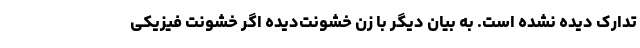
تدارک دیده نشده است. به بیان دیگر با زن خشونت‌دیده اگر خشونت فیزیکی